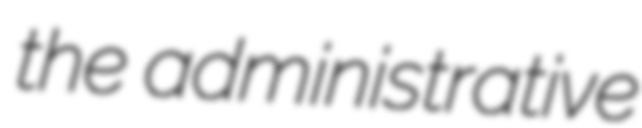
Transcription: the administrative